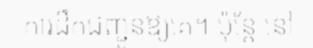
ការដឹកជញ្ជូនឱ្យគេ។ ប៉ុន្តែ នៅ